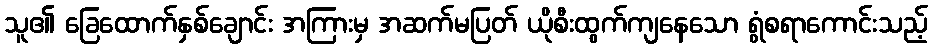
သူ၏ ခြေထောက်နှစ်ချောင်း အကြားမှ အဆက်မပြတ် ယိုစီးထွက်ကျနေသော ရွံစရာကောင်းသည့်